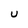
Character: U